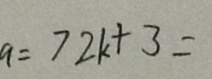
a = 7 2 k + 3 =